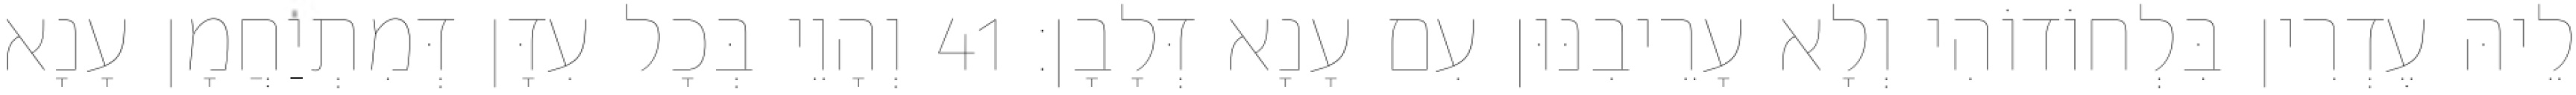
לֵיהּ עֶדְרִין בִּלְחוֹדוֹהִי וְלָא עָרֵיבִנּוּן עִם עָנָא דְּלָבָן׃ 41 וְהָוֵי בְּכָל עִדָּן דְּמִתְיַחֲמָן עָנָא